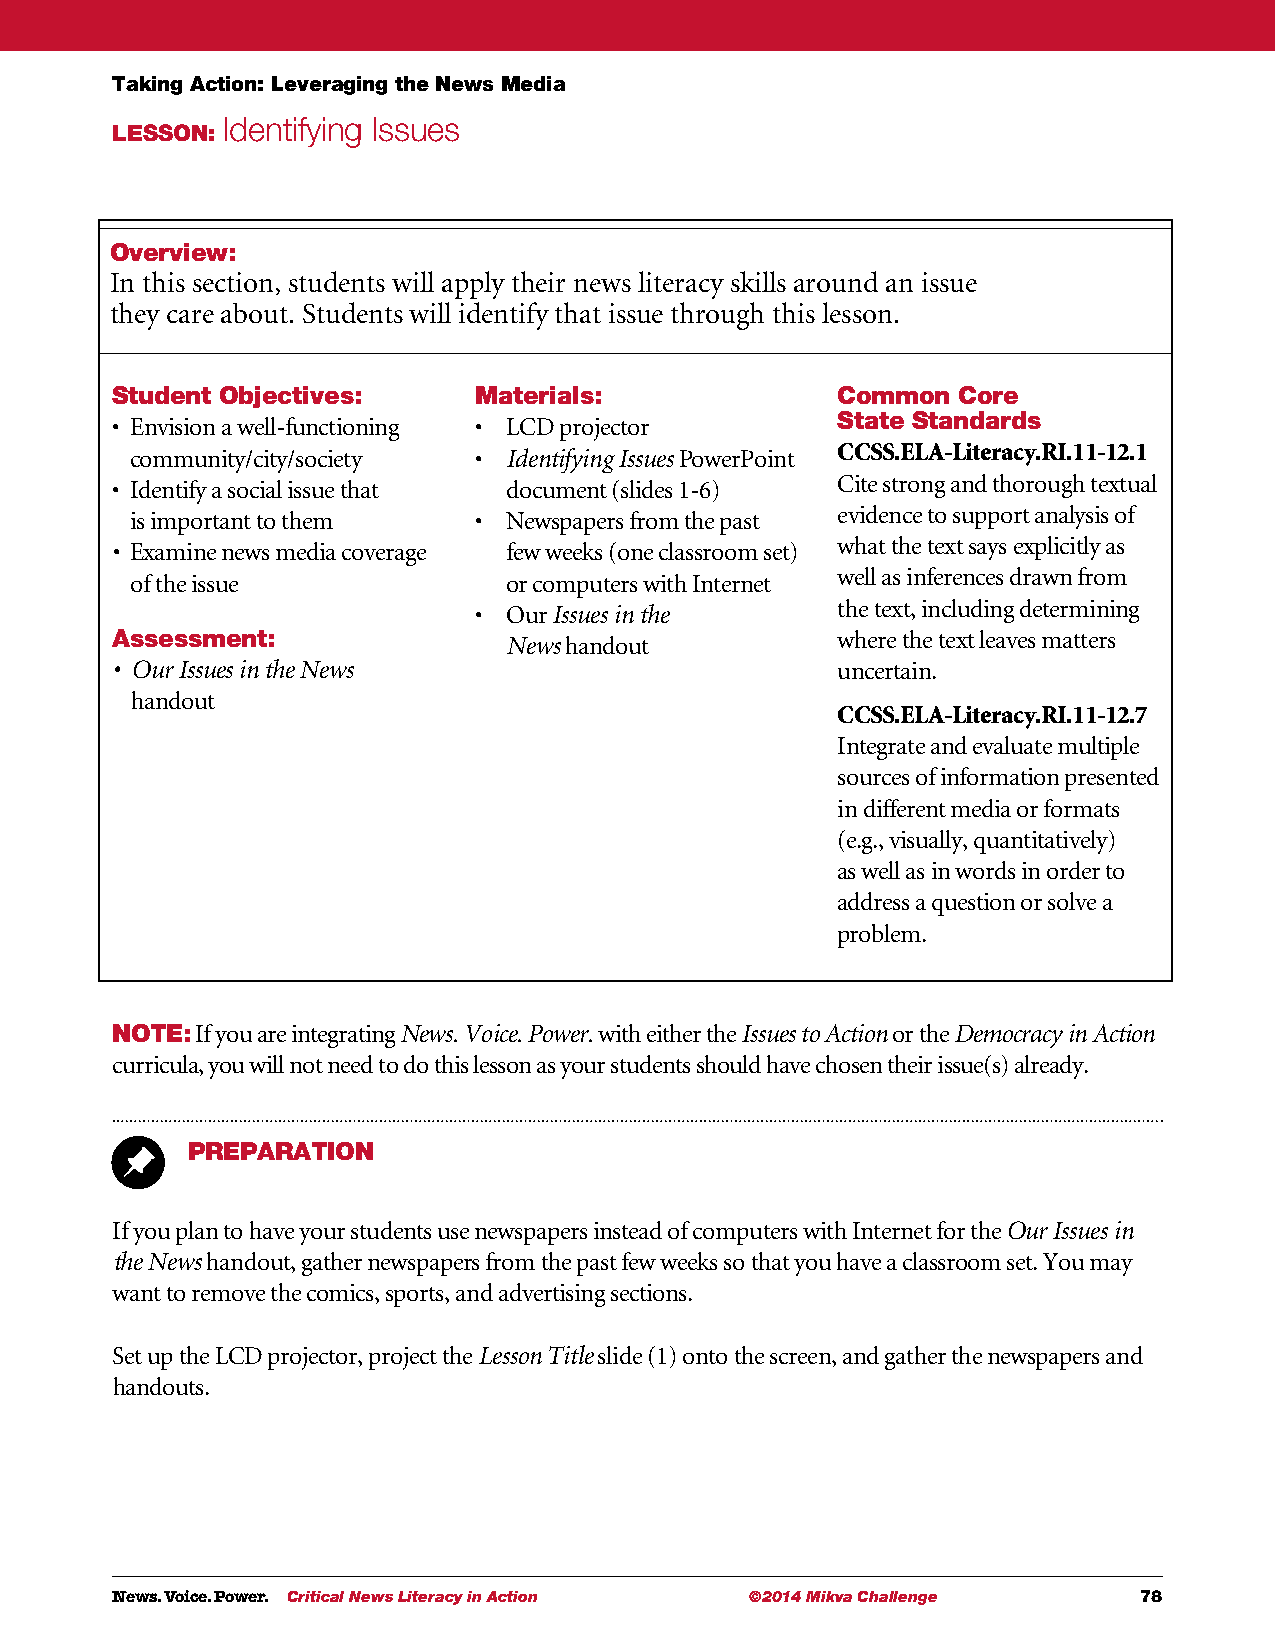
Taking Action: Leveraging the News Media
 Identifying Issues
 LESSON:
 Overview:
 In this section, students will apply their news literacy skills around an issue
 they care about. Students will identify that issue through this lesson.
 Student Objectives:     Materials:              Common  Core
 • E nvision a well-functioning • LCD projector  State Standards
 community/city/society • Identifying Issues PowerPoint CCSS.ELA-Literacy.RI.11-12.1
 • I dentify a social issue that document (slides 1-6) Cite strong and thorough textual
 is important to them  •  N ewspapers from the past evidence to support analysis of
 • E xamine news media coverage few weeks (one classroom set) what the text says explicitly as
 of the issue             or computers with Internet well as inferences drawn from
 •  Our Issues in the    the text, including determining
 Assessment:                News handout         where the text leaves matters
 • O ur Issues in the News                       uncertain.
 handout
 CCSS.ELA-Literacy.RI.11-12.7
 Integrate and evaluate multiple
 sources of information presented
 in different media or formats
 (e.g., visually, quantitatively)
 as well as in words in order to
 address a question or solve a
 problem.
 NOTE: If you are integrating News. Voice. Power. with either the Issues to Action or the Democracy in Action
 curricula, you will not need to do this lesson as your students should have chosen their issue(s) already.
 PREPARATION
 If you plan to have your students use newspapers instead of computers with Internet for the Our Issues in
 the News handout, gather newspapers from the past few weeks so that you have a classroom set. You may
 want to remove the comics, sports, and advertising sections.
 Set up the LCD projector, project the Lesson Title slide (1) onto the screen, and gather the newspapers and
 handouts.
 News. Voice. Power. Critical News Literacy in Action ©2014 Mikva Challenge 78